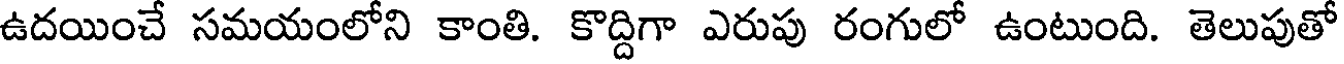
ఉదయించే సమయంలోని కాంతి. కొద్దిగా ఎరుపు రంగులో ఉంటుంది. తెలుపుతో